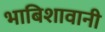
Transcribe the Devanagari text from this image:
भाबिशावानी